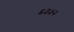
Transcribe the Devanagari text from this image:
६३५२